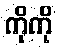
ကိုကို